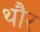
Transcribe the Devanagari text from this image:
थौर